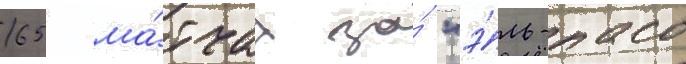
65 ма́тчах за́ "э́ль-пасо